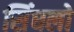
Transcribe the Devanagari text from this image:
सिंधलो